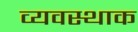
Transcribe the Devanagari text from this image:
व्यवस्थाक